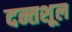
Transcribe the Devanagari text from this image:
दन्तशूल